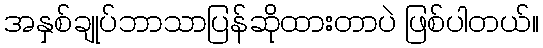
အနှစ်ချုပ်ဘာသာပြန်ဆိုထားတာပဲ ဖြစ်ပါတယ်။